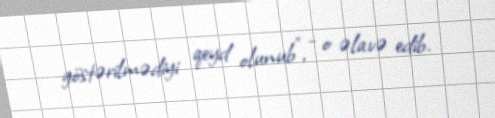
göstərilmədiyi qeyd olunub”, - o əlavə edib.